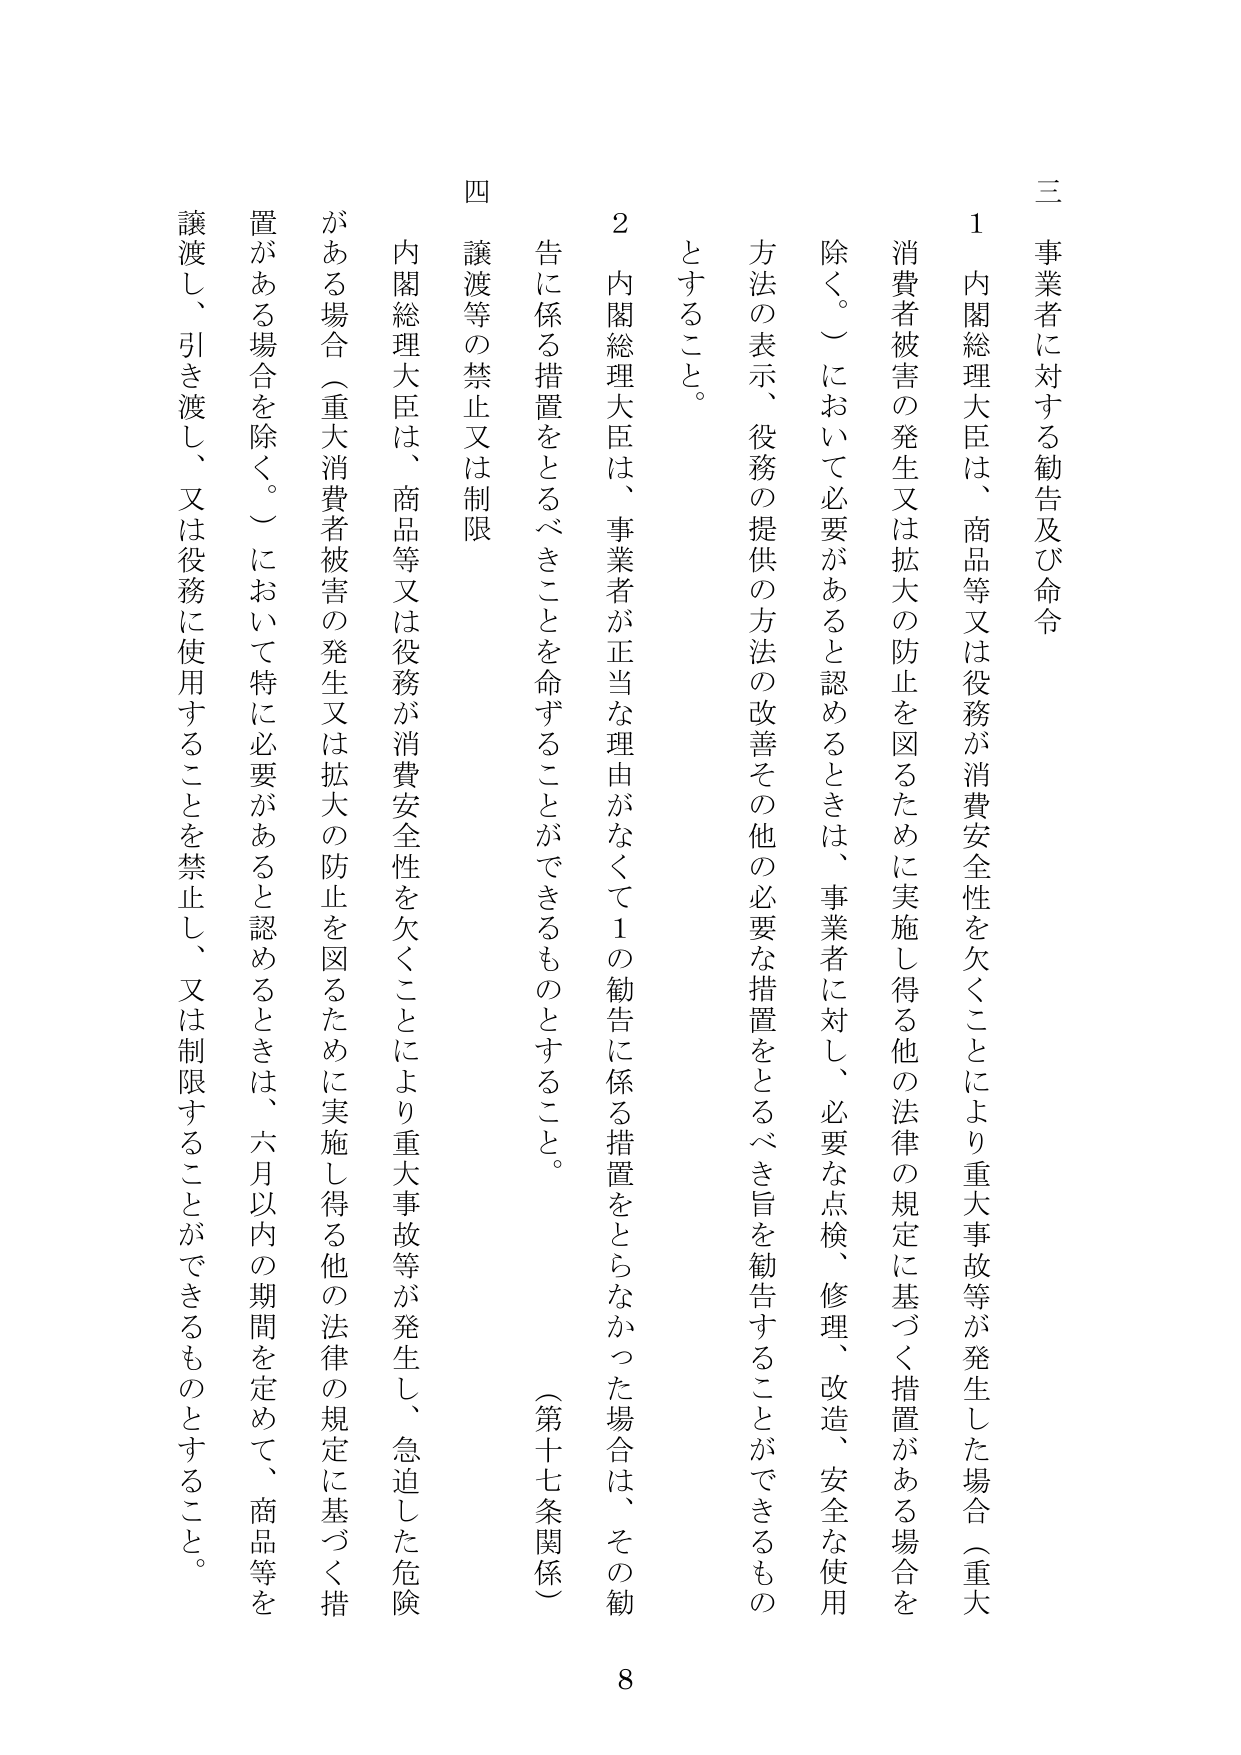
三 事業者に対する勧告及び命令

１ 内閣総理大臣は、商品等又は役務が消費安全性を欠くことにより重大事故等が発生した場合（重大消費者被害の発生又は拡大の防止を図るために実施し得る他の法律の規定に基づく措置がある場合を除く。）において必要があると認めるときは、事業者に対し、必要な点検、修理、改造、安全な使用方法の表示、役務の提供の方法の改善その他の必要な措置をとるべき旨を勧告することができるものとすること。

２ 内閣総理大臣は、事業者が正当な理由がなくて１の勧告に係る措置をとらなかった場合は、その勧告に係る措置をとるべきことを命ずることができるものとすること。

（第十七条関係）

四 譲渡等の禁止又は制限

内閣総理大臣は、商品等又は役務が消費安全性を欠くことにより重大事故等が発生し、急迫した危険がある場合（重大消費者被害の発生又は拡大の防止を図るために実施し得る他の法律の規定に基づく措置がある場合を除く。）において特に必要があると認めるときは、六月以内の期間を定めて、商品等を譲渡し、引き渡し、又は役務に使用することを禁止し、又は制限することができるものとすること。

8